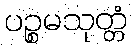
ပဉ္စမသုတ္တံ